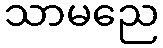
သာမညေ